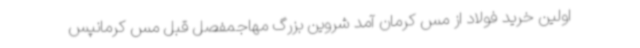
اولین خرید فولاد از مس کرمان آمد شروین بزرگ مهاجمفصل قبل مس کرمانپس